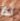
لذا